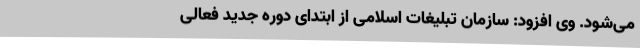
می‌شود. وی افزود: سازمان تبلیغات اسلامی از ابتدای دوره جدید فعالی